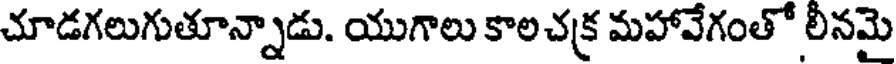
చూడగలుగుతూన్నాడు. యుగాలు కాలచక్ర మహావేగంతో లీనమై